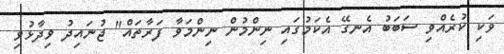
ވަކި ކުރެއްވި ސަބަބު އެނގޭ އެކަމުގައި ނިންމުން ނިންމަވާ ފަރާތައް" ޖުނައިދު ވިދާޅުވި